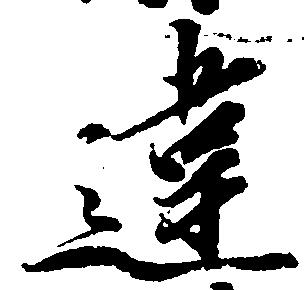
違